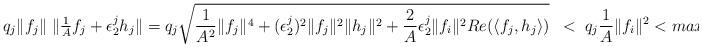
LaTeX: \begin{align*} q_j \|f_j\|\;\|\tfrac{1}{A}f_j + \epsilon_{2}^{j}h_j \| =q_j\sqrt{\frac{1}{A^2}\|f_j\|^4 + (\epsilon_{2}^{j})^2\|f_j\|^2\|h_j\|^2 + \frac{2}{A}\epsilon_{2}^{j}\|f_i\|^2 Re( \langle f_j, h_j \rangle)} \;\;<\; q_j\frac{1}{A}\|f_i\|^2 < max_{i=1}^N \frac{q_i}{A}\|f_i\|^2 .\end{align*}